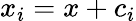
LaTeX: x_{i}=x+c_{i}